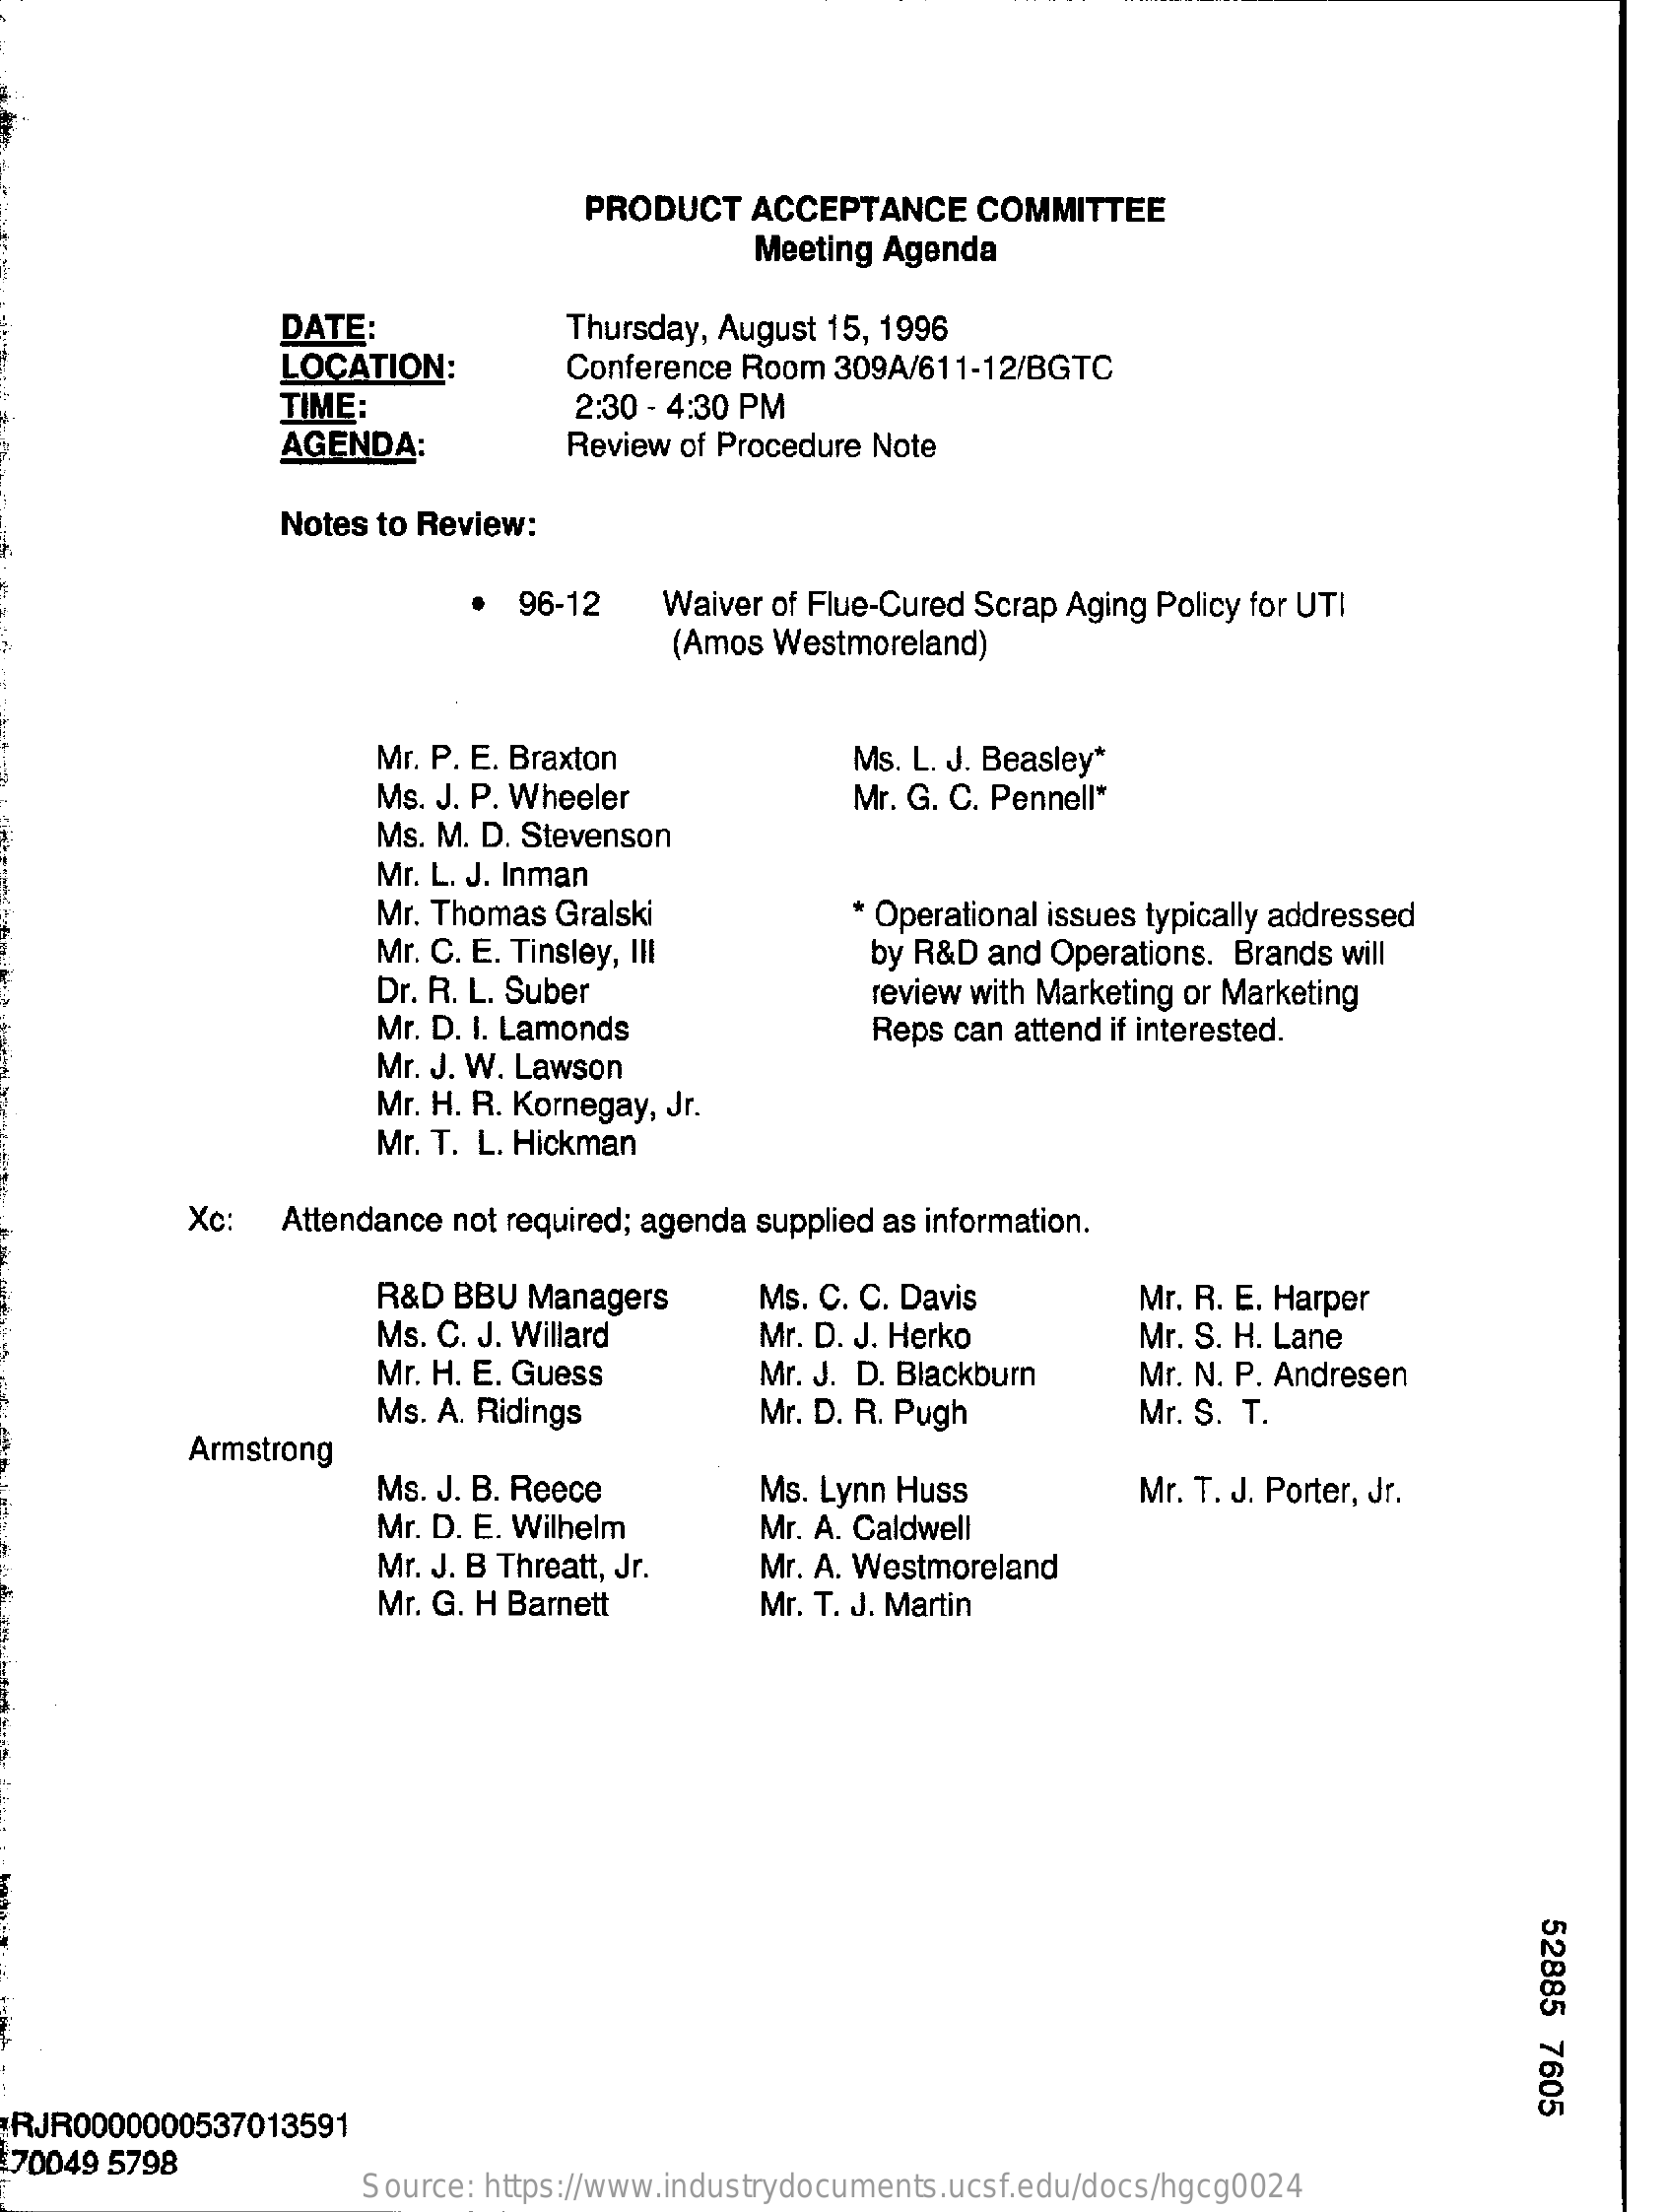
PRODUCT   ACCEPTANCE    COMMITTEE
     Meeting Agenda
     DATE:    Thursday, August 15, 1996
     LOCATION:    Conference Room  309A/611-12/BGTC
     TIME:    2:30 - 4:30 PM
     AGENDA:    Review of Procedure Note
     Notes to Review:
     96-12    Waiver of Flue-Cured Scrap Aging Policy for UTI
     (Amos Westmoreland)
     Mr. P. E. Braxton    Ms. L. J. Beasley*
     Ms. J. P. Wheeler    Mr. G. C. Pennell*
     Ms. M. D. Stevenson
     Mr. L. J. Inman
     Mr. Thomas Gralski    * Operational issues typically addressed
     Mr. C. E. Tinsley, III    by R&D and Operations. Brands will
     Dr. R. L. Suber    review with Marketing or Marketing
     Mr. D. I. Lamonds    Reps can attend if interested.
     Mr. J. W. Lawson
     Mr. H. R. Kornegay, Jr.
     Mr. T. L. Hickman
     Xc:   Attendance not required; agenda supplied as information.
     R&D BBU  Managers    Ms. C. C. Davis    Mr. R. E. Harper
     Ms. C. J. Willard    Mr. D. J. Herko    Mr. S. H. Lane
     Mr. H. E. Guess    Mr. J. D. Blackburn    Mr. N. P. Andresen
     Ms. A. Ridings    Mr. D. R. Pugh    Mr. S. T.
     Armstrong
     Ms. J. B. Reece    Ms. Lynn Huss    Mr. T. J. Porter, Jr.
     Mr. D. E. Wilhelm    Mr. A. Caldwell
     Mr. J. B Threatt, Jr.   Mr. A. Westmoreland
     Mr. G. H Barnett    Mr. T. J. Martin
     52885
     7605
  RJR0000000537013591
  70049 5798
     Source: https://www.industrydocuments.ucsf.edu/docs/hgcg0024